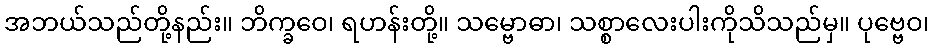
အဘယ်သည်တို့နည်း။ ဘိက္ခဝေ၊ ရဟန်းတို့။ သမ္ဗောဓာ၊ သစ္စာလေးပါးကိုသိသည်မှ။ ပုဗ္ဗေဝ၊